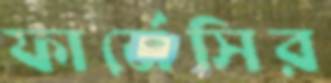
ফার্মেসির